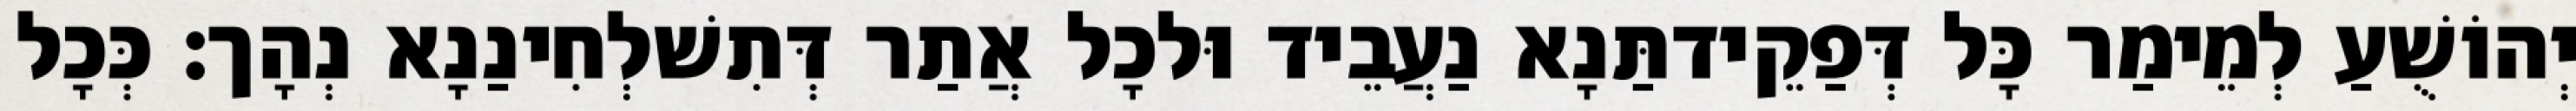
יְהוֹשֻׁעַ לְמֵימַר כָּל דְּפַקֵידתַּנָא נַעֲבֵיד וּלכָל אֲתַר דְּתִשׁלְחִינַנָא נְהָך׃ כְּכָל